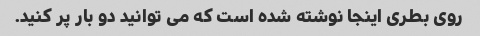
روی بطری اینجا نوشته شده است که می توانید دو بار پر کنید.